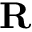
\mathbf { R }